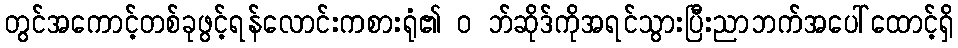
တွင်အကောင့်တစ်ခုဖွင့်ရန်လောင်းကစားရုံ၏ ၀ ဘ်ဆိုဒ်ကိုအရင်သွားပြီးညာဘက်အပေါ်ထောင့်ရှိ